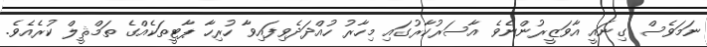
ނަމަވެސް ގިނައީ އާވަޒީރުންނެވެ އާސަރުކާރުގައި މިހާރު ހުއްދަދެވިފައިވާ ހުރިހާ ޕާޓީތަކެއްގެ ތަމްޘީލް ކުރެއެވެ.